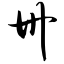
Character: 卅